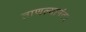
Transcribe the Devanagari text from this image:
ताणल्यानंतर